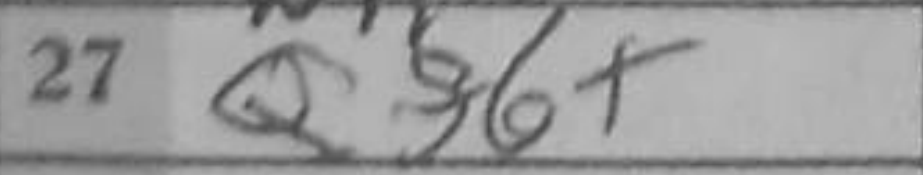
Transcription: Qf6+